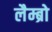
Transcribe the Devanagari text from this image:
लैम्ब्रो